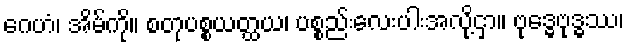
ဂေဟံ၊ အိမ်ကို။ စတုပစ္စယတ္ထယ၊ ပစ္စည်းလေးပါးအလို့ငှာ။ ဗုဒ္ဓေဗုဒ္ဓဿ၊